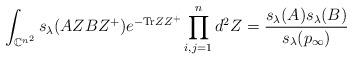
LaTeX: \begin{align*}\int_{\mathbb{C}^{n^2}} s_\lambda(AZBZ^+)e^{-\textrm{Tr}ZZ^+}\prod_{i,j=1}^n d^2Z=\frac{s_\lambda(A)s_\lambda(B)}{s_\lambda(p_{\infty})}\end{align*}